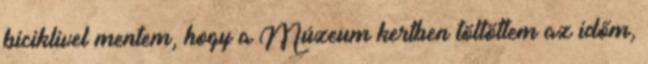
biciklivel mentem, hogy a Múzeum kertben töltöttem az időm,